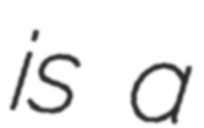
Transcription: is a